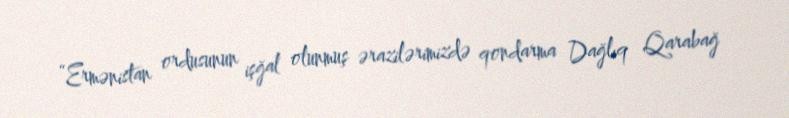
“Ermənistan ordusunun işğal olunmuş ərazilərimizdə qondarma Dağlıq Qarabağ